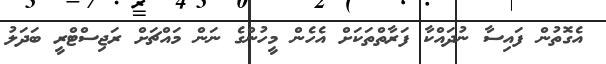
އެގޮތުން ފައިސާ ނުދައްކާ ފަރާތްތަކަށް އެހެން މީހުންގެ ނަން މައްޗަށް ރަޖިސްޓްރީ ބަދަލު